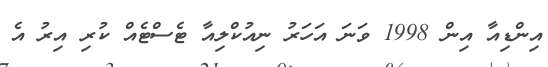
އިންޑިއާ އިން 1998 ވަނަ އަހަރު ނިއުކްލިއާ ޓެސްޓެއް ކުރި އިރު އެ